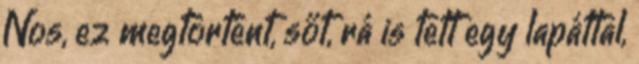
Nos, ez megtörtént, sőt, rá is tett egy lapáttal,